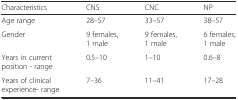
<table><thead><tr><td><b>Characteristics</b></td><td><b>CNS</b></td><td><b>CNC</b></td><td><b>NP</b></td></tr></thead><tbody><tr><td>Age range</td><td>28–57</td><td>33–57</td><td>38–57</td></tr><tr><td>Gender</td><td>9 females, 1 male</td><td>9 females, 1 male</td><td>6 females, 1 male</td></tr><tr><td>Years in current position - range</td><td>0.5–10</td><td>1–10</td><td>0.6–8</td></tr><tr><td>Years of clinical experience- range</td><td>7–36</td><td>11–41</td><td>17–28</td></tr></tbody></table>